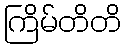
ကြိမ်တိတိ